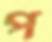
প